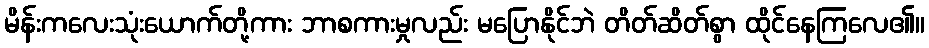
မိန်းကလေးသုံးယောက်တို့ကား ဘာစကားမှုလည်း မပြောနိုင်ဘဲ တိတ်ဆိတ်စွာ ထိုင်နေကြလေ၏။